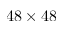
4 8 \times 4 8